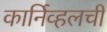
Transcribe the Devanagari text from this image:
कार्निव्हलची